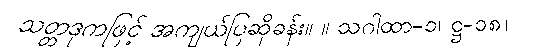
သတ္တဒုကဖြင့် အကျယ်ပြဆိုခန်း။ ။ သဂါထာ-၁၊ ဋ္ဌ-၁၈။